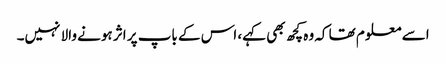
اسے معلو م تھا کہ وہ کچھ بھی کہے، اس کے باپ پر اثر ہونے والا نہیں۔